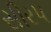
સીરપ